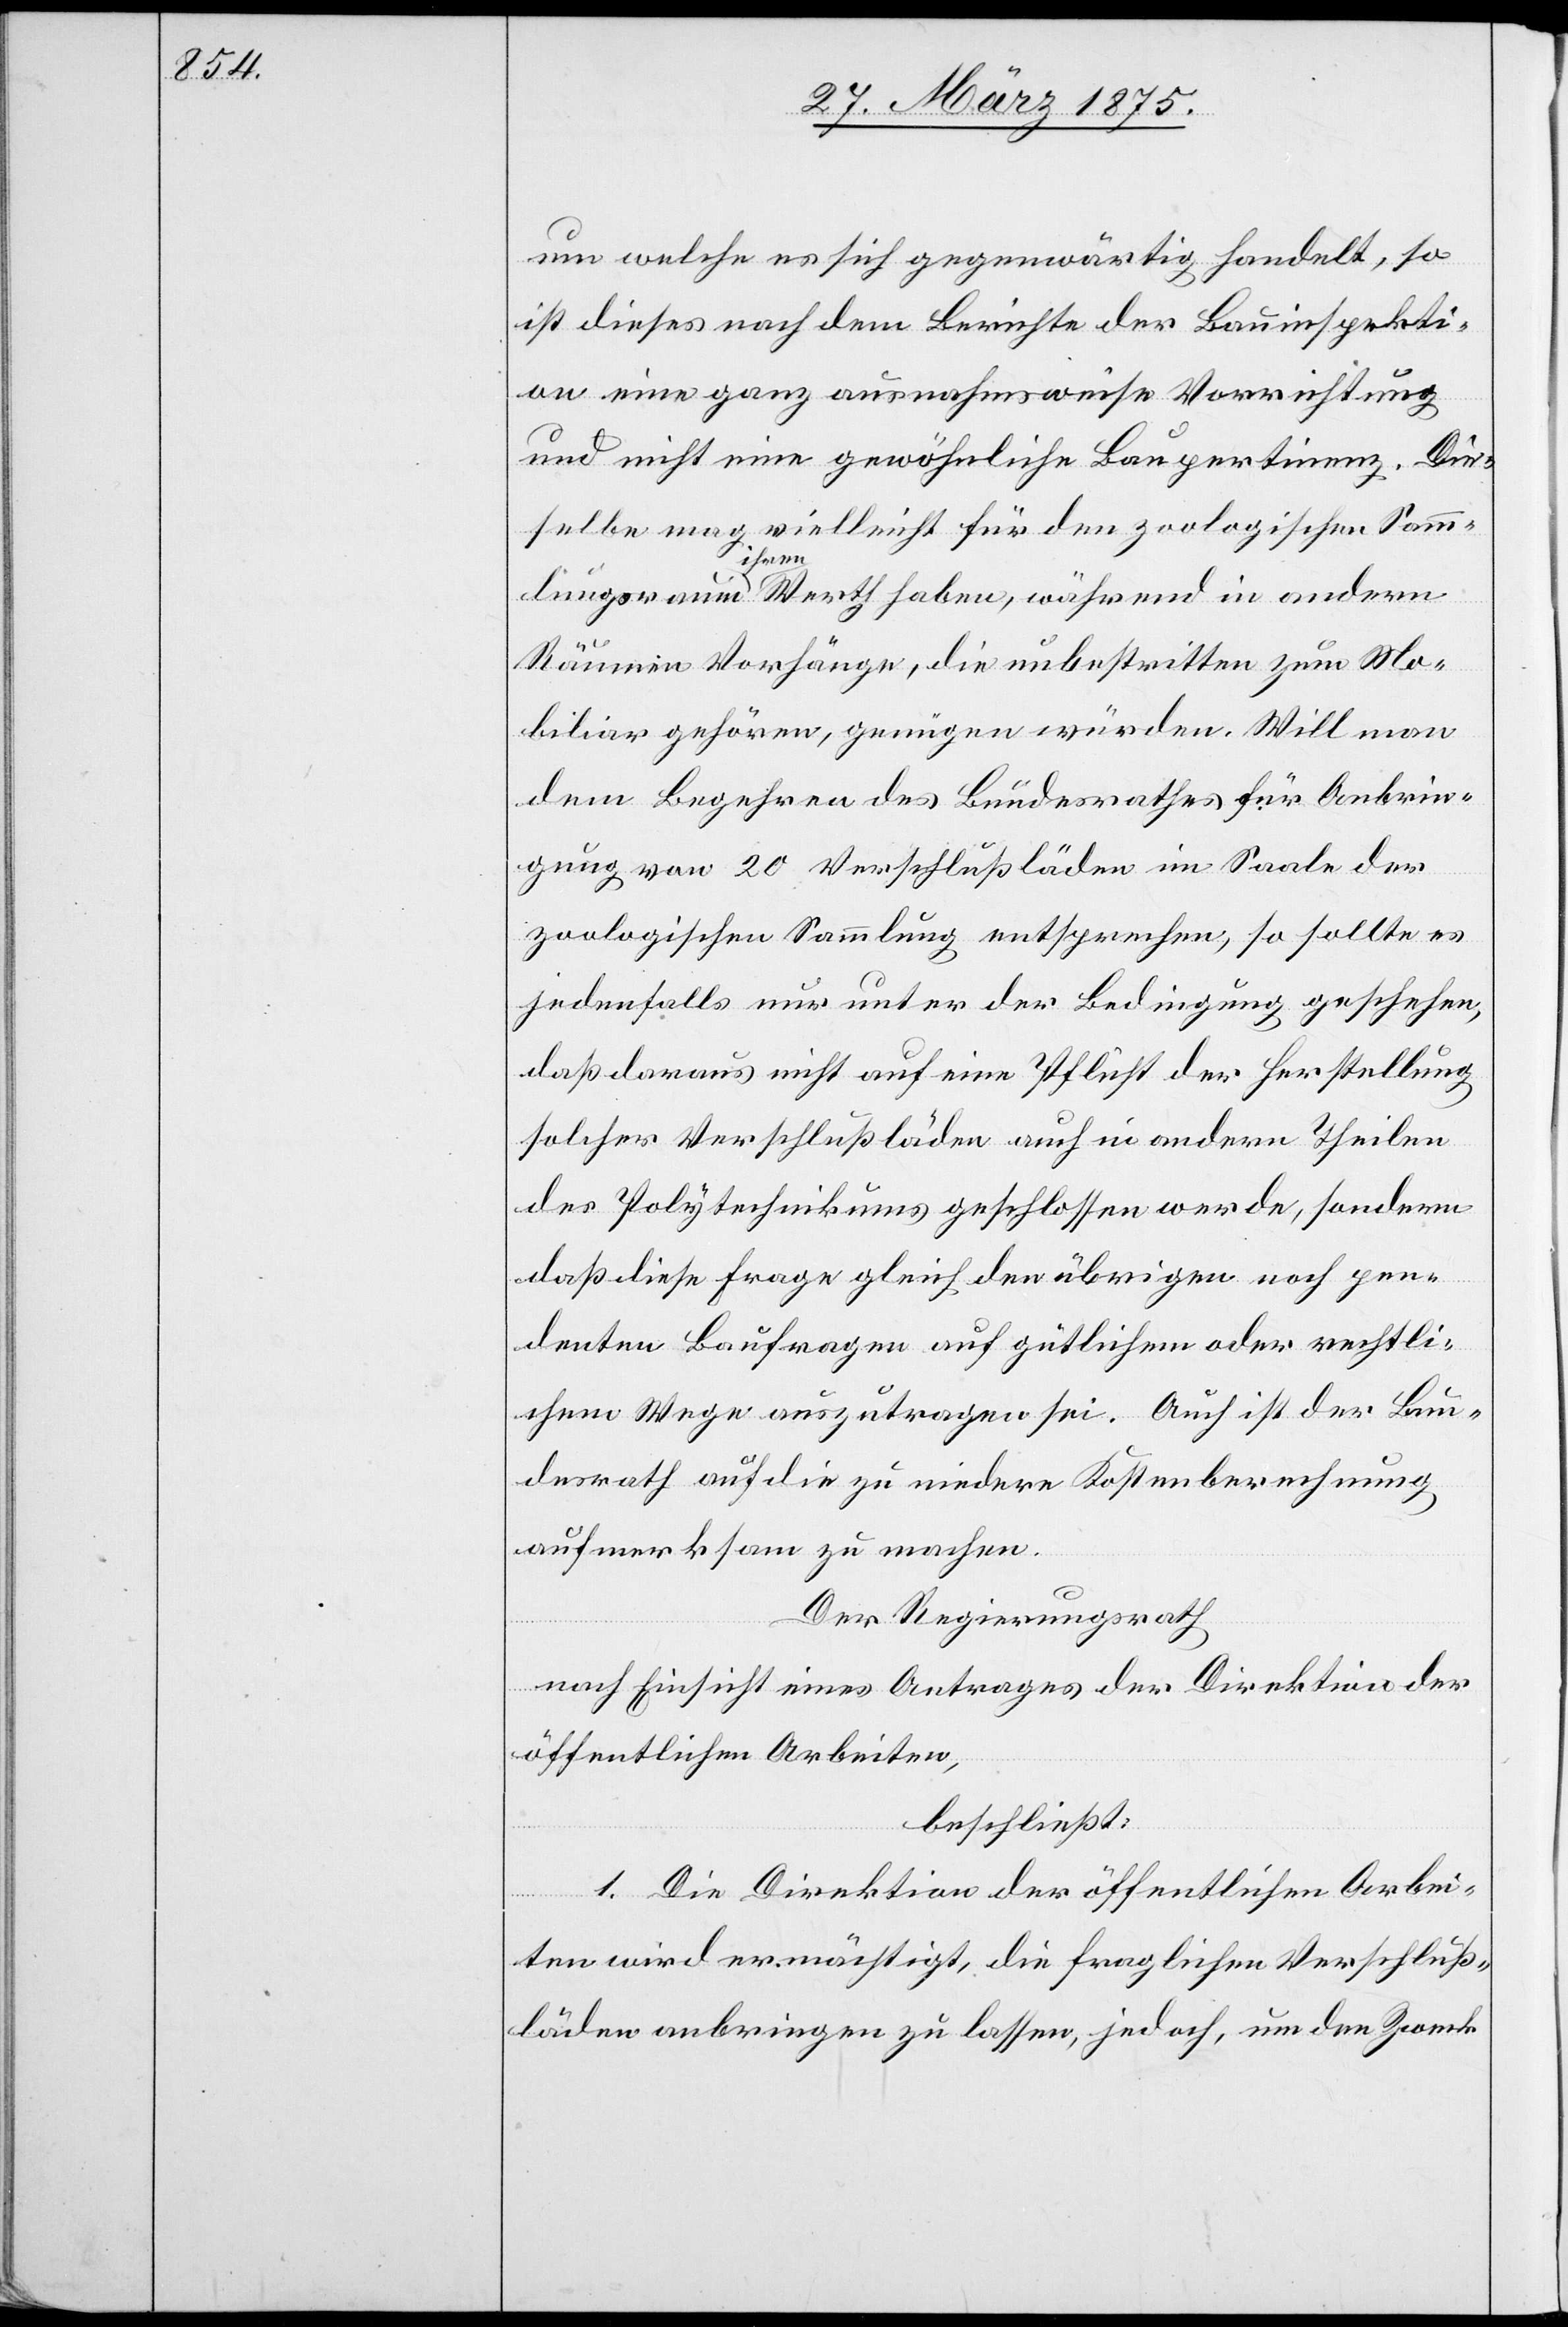
um welche es sich gegenwärtig handelt, so
ist dieses noch dem Berichte der Bauinspekti¬
on eine ganz ausnahmsweise Vorrichtung
und nicht eine gewöhnliche Baupertinenz. Die¬
selbe mag vielleicht für den zoologischen Samm¬
schehen,
lungsräume ihren Werth heben, während in andern
Räumen Vorhänge, die unbestritten zum Mo¬
biliar gehören, genügen würden. Will man
dem Begehren des Bundesrathes für Anbrin¬
gung von 20 Verschlußläden im Saale der
zoologischen Sammlung so sollte es jedenfalls nur
daß daraus nicht auf eine Pflicht der Herstellung
solcher Verschlußläden auch in andern Theilen
des Polytechnikums geschlossen werde, sondern
daß diese Frage gleich den übrigen noch pen¬
denten Baufragen auf gütlichem oder rechtli¬
chem Wege anzutragen sei. Auch ist der Bun¬
desrath auf die zu niedere Kostenberechnung
aufmerksam zu machen.
Der Regierungsrath,
nach Einsicht eines Antrages der Direktion der
öffentlichen Arbeiten
beschließt:
1. Die Direktion der öffentlichen Arbei¬
ten wird ermächtigt, die fraglichen Verschluß¬
läden anbringen zu lassen, jedoch um den Zweck